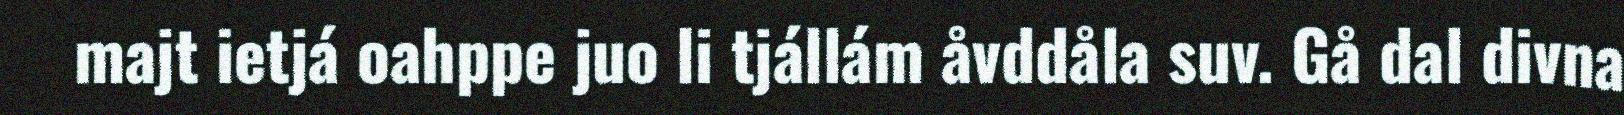
majt ietjá oahppe juo li tjállám åvddåla suv. Gå dal divna